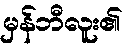
မှန်ဘီလူး၏